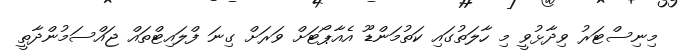
މިނިސްޓަރު ވިދާޅުވީ މި ހާލަތުގައި ކަތުމަންޑޫ އެއާޕޯޓަށް ވަރަށް ގިނަ ފްލައިޓްތައް ޖައްސަމުންދާތީ